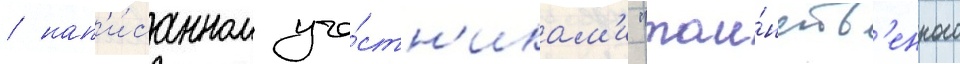
/ нап'и́санном уча́стн'икам'и "таи́нств'енного